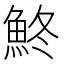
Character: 鮗